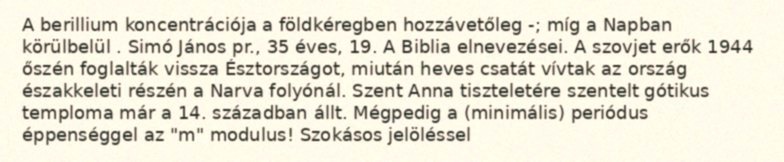
A berillium koncentrációja a földkéregben hozzávetőleg -; míg a Napban körülbelül . Simó János pr., 35 éves, 19. A Biblia elnevezései. A szovjet erők 1944 őszén foglalták vissza Észtországot, miután heves csatát vívtak az ország északkeleti részén a Narva folyónál. Szent Anna tiszteletére szentelt gótikus temploma már a 14. században állt. Mégpedig a (minimális) periódus éppenséggel az "m" modulus! Szokásos jelöléssel